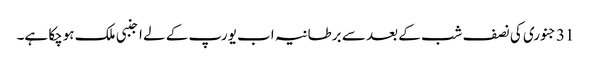
31 جنوری کی نصف شب کے بعد سے برطانیہ اب یورپ کے لے اجنبی ملک ہوچکا ہے۔